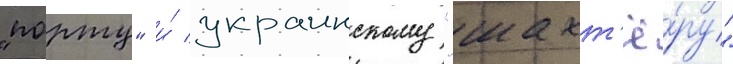
"порту" и́ украинскому "шахт'ё́ру"